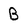
Character: B